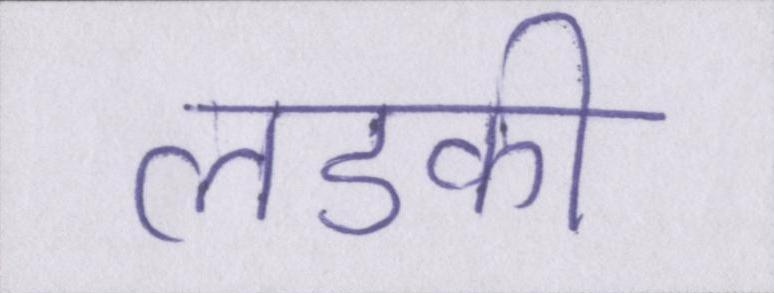
लडकी